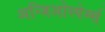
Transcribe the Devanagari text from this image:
अन्जिओस्पेर्म्स